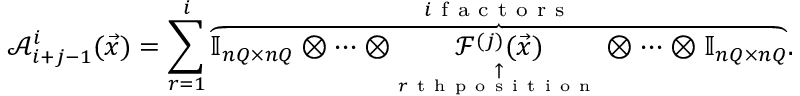
\mathcal A _ { i + j - 1 } ^ { i } ( \vec { x } ) = \sum _ { r = 1 } ^ { i } \overset { i \mathrm { ~ f ~ a ~ c ~ t ~ o ~ r ~ s ~ } } { \overbrace { \ensuremath { \mathbb { I } _ { n Q \times n Q } } \otimes \cdots \otimes \underset { \underset { r \mathrm { ~ t ~ h ~ p ~ o ~ s ~ i ~ t ~ i ~ o ~ n ~ } } { \uparrow } } { \mathcal F ^ { ( j ) } ( \vec { x } ) } \otimes \cdots \otimes \ensuremath { \mathbb { I } _ { n Q \times n Q } } } } .